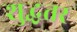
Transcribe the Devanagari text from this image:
शुद्धतर